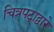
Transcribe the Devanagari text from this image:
चित्रपटा्द्वारे